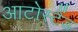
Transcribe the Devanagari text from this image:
आटोस्टैंड